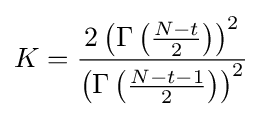
K={\frac {2\left(\Gamma \left({\frac {N-t}{2}}\right)\right)^{2}}{\left(\Gamma \left({\frac {N-t-1}{2}}\right)\right)^{2}}}